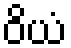
ဝိယံ